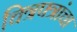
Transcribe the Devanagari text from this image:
चित्रपत्रांचा